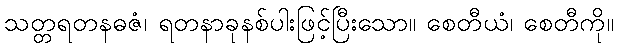
သတ္တရတနဓဇံ၊ ရတနာခုနစ်ပါးဖြင့်ပြီးသော။ စေတီယံ၊ စေတီကို။